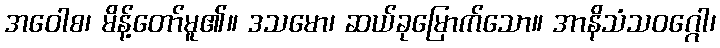
အဝေါစ၊ မိန့်တော်မူ၏။ ဒသမော၊ ဆယ်ခုမြောက်သော။ အာနိသံသဝဂ္ဂေါ၊